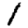
Digit: 1